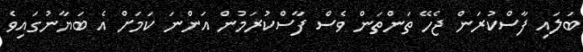
ބަލައި ފާސްކުރަން ޖެހޭ ތަންތަން ވެސް ފާސްކުރަމުން އަންނަ ކަމަށް އެ ބަޔާނުގައިވެ